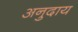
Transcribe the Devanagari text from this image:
अनुदाय